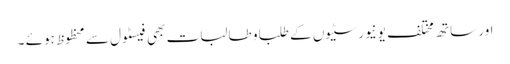
اور ساتھ مختلف یونیورسٹیوں کے طلبا و طالبات بھی فیسٹول سے محظوظ ہوئے ۔